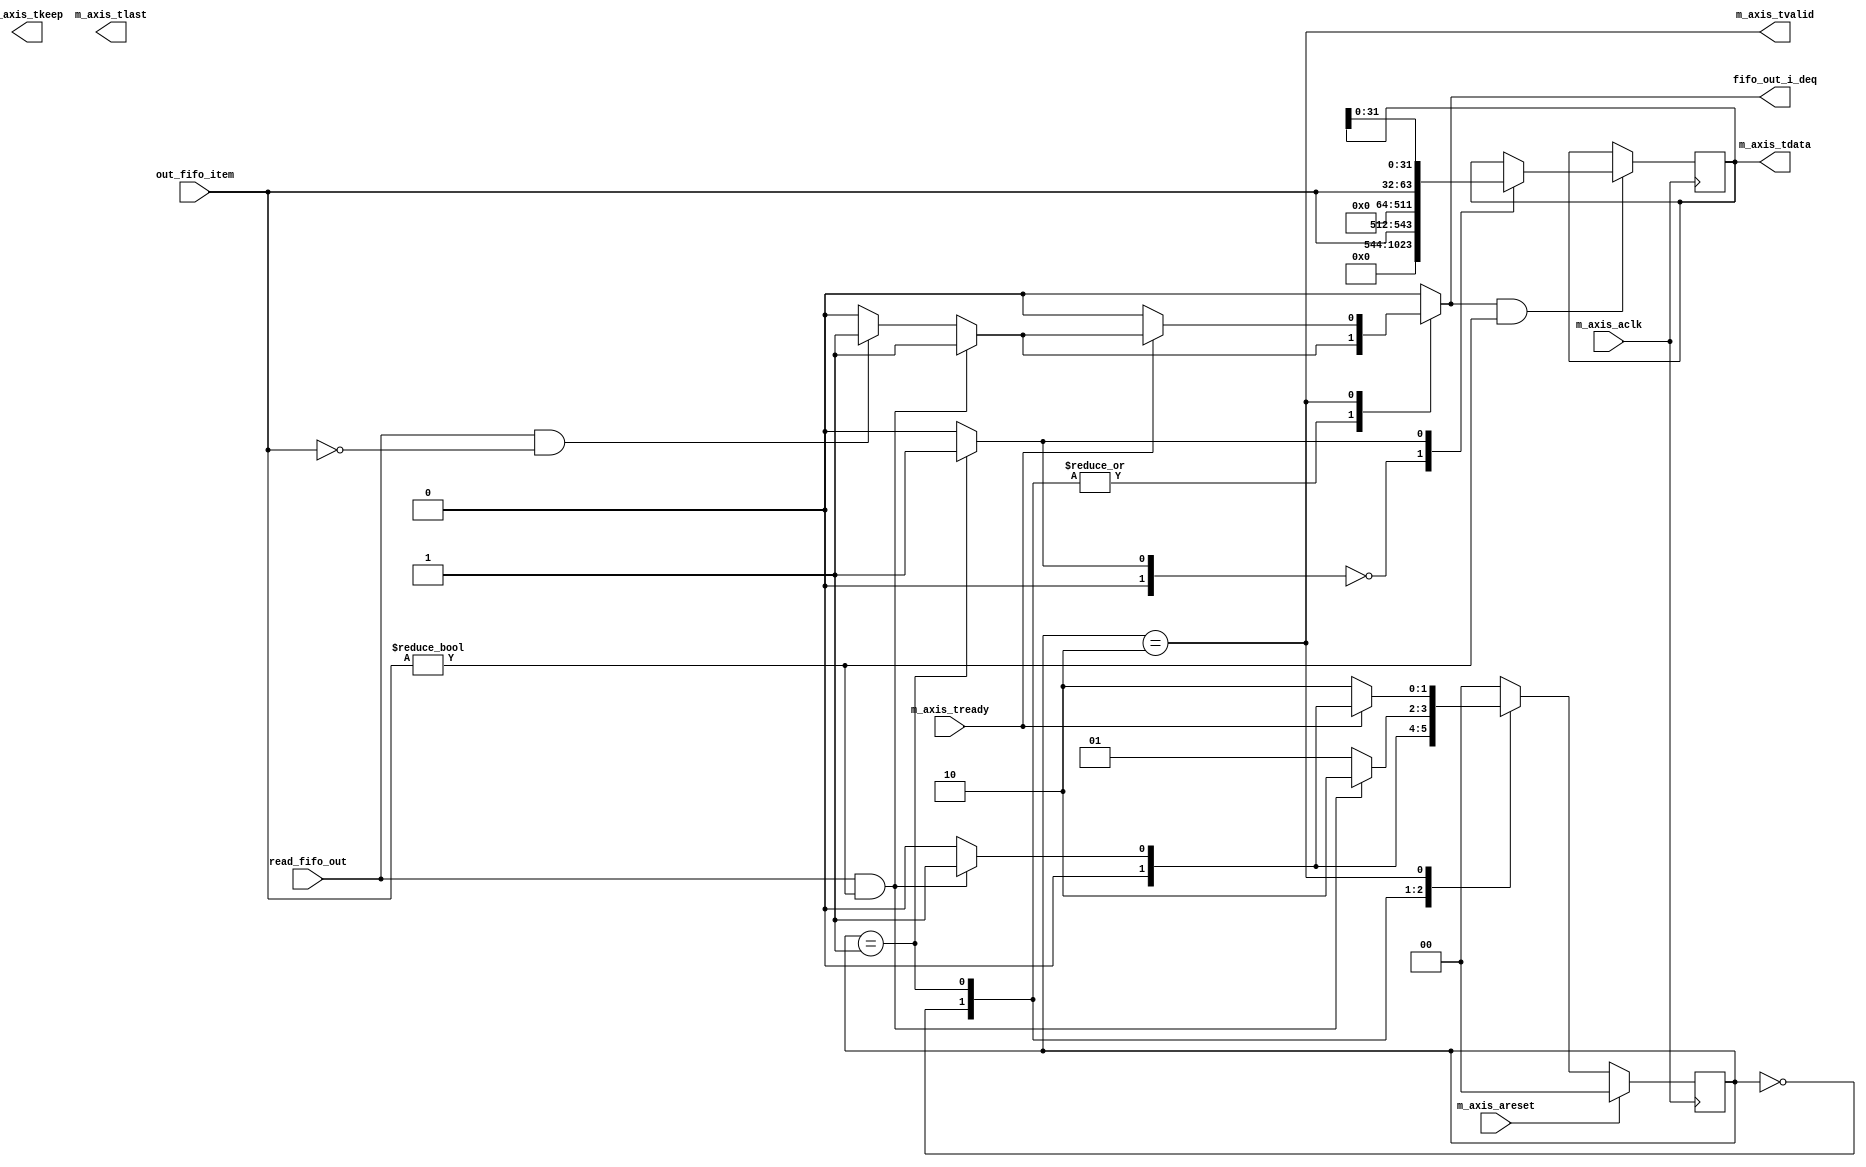
// default_nettype of none prevents implicit wire declaration.
`default_nettype none
`timescale 1ps / 1ps

module axi_write_controller #(
	parameter integer C_AXIS_TDATA_WIDTH = 512,
	parameter integer C_SORTER_BIT_WIDTH = 32 // here C_SORTER_BIT_WIDTH = P * 32
)
(
	input wire                                m_axis_aclk,
  	input wire                                m_axis_areset,

  	output wire                               m_axis_tvalid,
    input  wire                               m_axis_tready,
    output wire [C_AXIS_TDATA_WIDTH-1:0]      m_axis_tdata,
    output wire [C_AXIS_TDATA_WIDTH/8-1:0]    m_axis_tkeep,
    output wire                               m_axis_tlast,

  	input wire 								  read_fifo_out,
  	input wire [C_SORTER_BIT_WIDTH-1:0]	      out_fifo_item,
  	output wire 							  fifo_out_i_deq
);

// signals for axi stream write
reg [C_AXIS_TDATA_WIDTH-1:0]      data_out = 0;
wire                              data_valid;
reg [1:0]                         write_counter = 0;
reg                               fifo_out_i_deq_reg = 0;

// signals for debug
reg [31:0]                      local_cnt = 0;

assign fifo_out_i_deq = fifo_out_i_deq_reg;

// fsm for writing control
localparam S0 = 3'd0;
localparam S1 = 3'd1;
localparam S2 = 3'd2;

reg     [1:0]   state = S0;
reg     [1:0]   next_state;

always @(posedge m_axis_aclk)
begin
    if(m_axis_areset)
    begin
        state <= S0;
    end
    else
    begin
        state <= next_state;
    end
end

always @(*)
begin
    write_counter <= 2'd0;
    fifo_out_i_deq_reg <= 1'b0;
    case(state)
    S0:
    if(read_fifo_out && (out_fifo_item != 0))
    begin
        next_state <= S1;
        fifo_out_i_deq_reg <= 1'b1;
    end
    else if(read_fifo_out && (out_fifo_item == 0))
    begin
        next_state <= S0;
        fifo_out_i_deq_reg <= 1'b1;
    end
    else
    begin
        next_state <= S0;
        fifo_out_i_deq_reg <= 1'b0;
    end

    S1: 
    if(read_fifo_out && (out_fifo_item != 0))
    begin
        next_state <= S2;
        write_counter <= 2'd1;
        fifo_out_i_deq_reg <= 1'b1;
    end
    else if(read_fifo_out && (out_fifo_item == 0))
    begin
        next_state <= S1;
        write_counter <= 2'd1;
        fifo_out_i_deq_reg <= 1'b1;
    end
    else
    begin
        next_state <= S1;
        write_counter <= 2'd1;
        fifo_out_i_deq_reg <= 1'b0;
    end

    S2: 
    if(~m_axis_tready)
    begin
        next_state <= S2;
        write_counter <= 2'd0;
        fifo_out_i_deq_reg <= 1'b0;
    end
    else if(read_fifo_out && (out_fifo_item != 0))
    begin
        next_state <= S1;
        write_counter <= 2'd0;
        fifo_out_i_deq_reg <= 1'b1;
    end
    else if(read_fifo_out && (out_fifo_item == 0))
    begin
        next_state <= S0;
        write_counter <= 2'd0;
        fifo_out_i_deq_reg <= 1'b1;
    end
    else
    begin
        next_state <= S0;
        write_counter <= 2'd0;
        fifo_out_i_deq_reg <= 1'b0;
    end

    default:
    begin
        next_state <= S0;
        write_counter <= 2'd0;
        fifo_out_i_deq_reg <= 1'b0;
    end
    endcase
end


always @(posedge m_axis_aclk)
begin
    if(fifo_out_i_deq && (out_fifo_item != 0))
    begin
        case (write_counter)
            2'd0: 
            begin
                data_out <= {256'd0, out_fifo_item[C_SORTER_BIT_WIDTH-1:0]};
            end
            2'd1:
            begin
                data_out <= {out_fifo_item[C_SORTER_BIT_WIDTH-1:0], data_out[1*C_SORTER_BIT_WIDTH-1:0]};
            end
            default:
            begin
                data_out <= data_out;
            end
        endcase
    end
end

// for debug
always @(posedge m_axis_aclk)
begin
    if(fifo_out_i_deq && (out_fifo_item[31:0] != 0))
    begin
        local_cnt <= local_cnt + 1;
    end
end

assign data_valid = (state == S2);
assign m_axis_tdata = data_out;
assign m_axis_tvalid = data_valid;


endmodule

`default_nettype wire